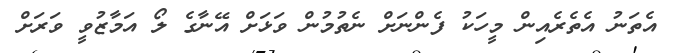
އެތަނު އެތެރެއިން މީހަކު ފެންނަށް ނެތުމުން ވަޅަށް އޭނާގެ ލޯ އަމާޒުވީ ވަރަށް